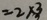
= 2 \times 3